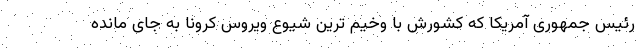
رئیس جمهوری آمریکا که کشورش با وخیم ترین شیوع ویروس کرونا به جای مانده